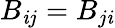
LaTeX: B_{\mathit{i}j}=B_{j\mathit{i}}